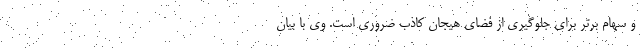
و سهام برتر برای جلوگیری از فضای هیجان کاذب ضروری است. وی با بیان